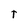
Character: t